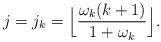
LaTeX: \begin{align*}j = j_k = \Big\lfloor \frac{\omega_k (k+1)}{1+\omega_k} \Big\rfloor.\end{align*}